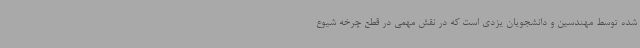
شده توسط مهندسین و دانشجویان یزدی است که در نقش مهمی در قطع چرخه شیوع